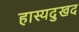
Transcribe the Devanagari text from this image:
हास्यदुखद